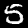
Label: 5